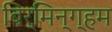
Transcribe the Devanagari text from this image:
बिर्मिन्ग्हम